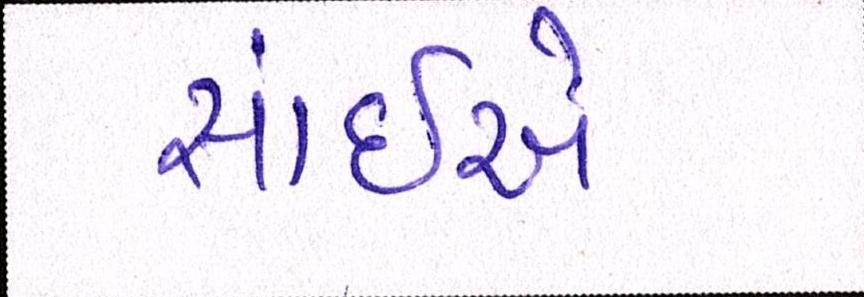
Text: સાંઈએ